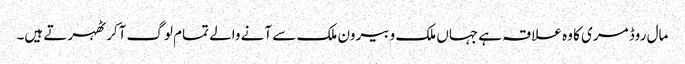
مال روڈ مری کا وہ علاقہ ہے جہاں ملک و بیرون ملک سے آنے والے تمام لوگ آکر ٹھہرتے ہیں۔